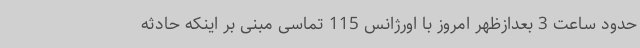
حدود ساعت 3 بعدازظهر امروز با اورژانس 115 تماسی مبنی بر اینکه حادثه